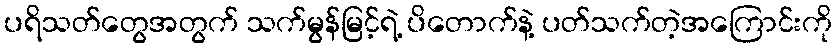
ပရိသတ်တွေအတွက် သက်မွန်မြင့်ရဲ့ ပိတောက်နဲ့ ပတ်သက်တဲ့အကြောင်းကို